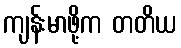
ကျန်းမာဖို့က တတိယ